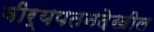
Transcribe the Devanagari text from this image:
वीर्यपतनदेखील